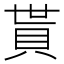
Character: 貰